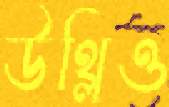
উথ্‌লিও